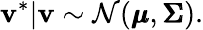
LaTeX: \mathbf{v}^{*}|{\mathbf{v}}\sim\mathcal{N}({\pmb{\mu}},{\pmb{\Sigma}}).